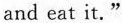
and eat it."